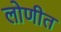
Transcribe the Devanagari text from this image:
लोणीत